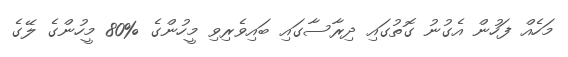
މަހެއް ފަހުން އެގުނު ގޮތުގައި ދިރާސާގައި ބައިވެރިވި މީހުންގެ %80 މީހުންގެ ލޭގެ